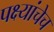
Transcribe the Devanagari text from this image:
पक्ष्यांचेच